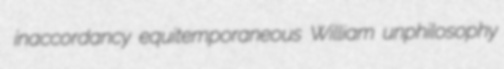
inaccordancy equitemporaneous William unphilosophy